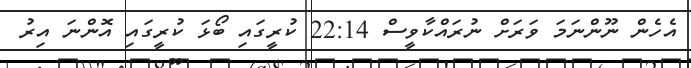
އެހެން ނޫންނަމަ ވަރަށް ނުރައްކާވީސް 22:14 ކުރީގައި ބޯޅަ ކުރީގައި އޮންނަ އިރު